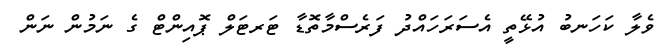
ވެލާ ކަހަނބު އުޅޭތީ އެސަރަހައްދު ފަރެސްމާތޮޑާ ޓަރޓަލް ޕޮއިންޓް ގެ ނަމުން ނަން